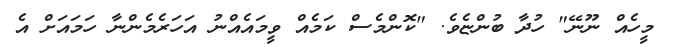
މީހެއް ނޫނޭ" ހުދާ ބުންޏެވެ. "ކޮންމެސް ކަމެއް ވީމައެއްނު އަހަރެމެންނާ ހަމައަށް އެ